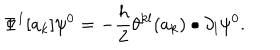
LaTeX: \Phi ^ { 1 } [ a _ { k } ] \psi ^ { 0 } = - \frac { h } { 2 } \theta ^ { k l } ( a _ { k } ) \bullet \partial _ { l } \psi ^ { 0 } .